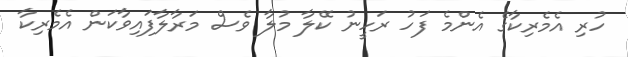
ހުރި އެމެރިކާގެ އެންމެ ފަހު ރަހީނު ކޭލާ މުލާ ވެސް މަރާލާފައިވާކަން އެމެރިކާ